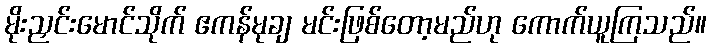
မိုးညှင်းမောင်သိုက် ဧကန်မုချ မင်းဖြစ်တော့မည်ဟု ကောက်ယူကြသည်။